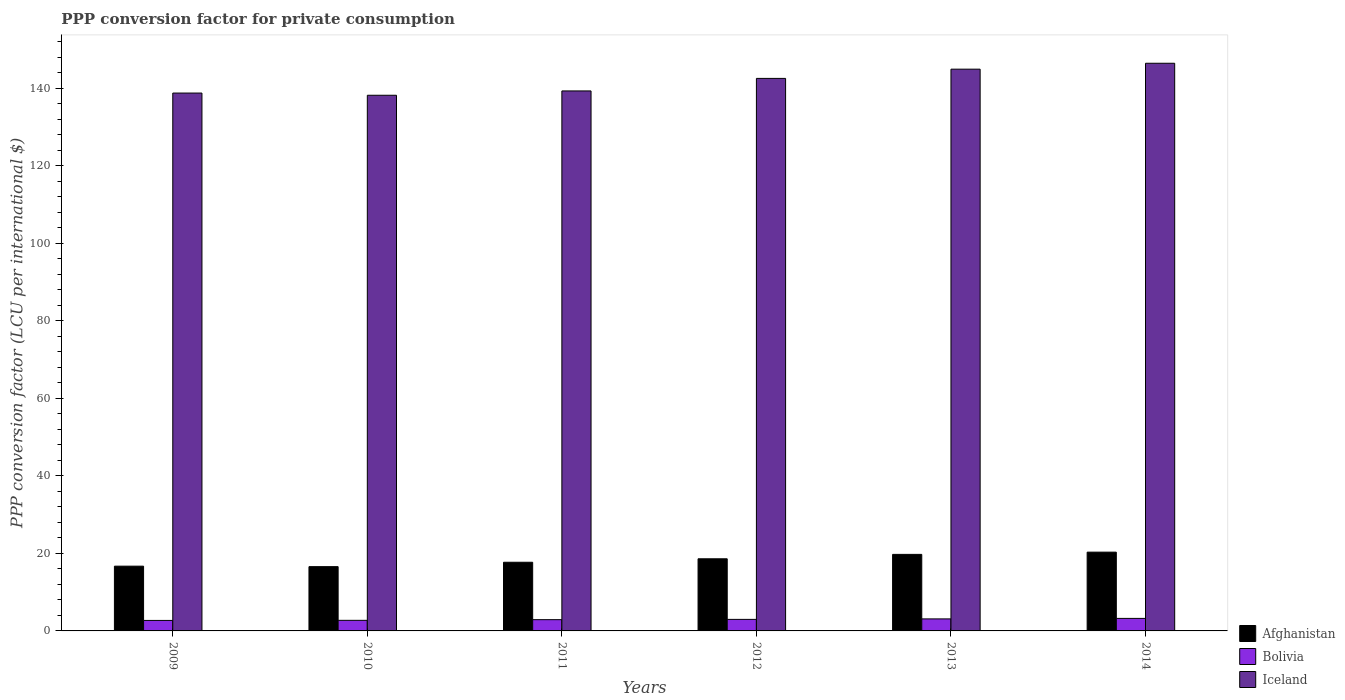
| Years | Afghanistan | Bolivia | Iceland |
 | --- | --- | --- | --- |
 | 2009 | 16.7 | 2.71 | 139 |
 | 2010 | 16.6 | 2.73 | 138 |
 | 2011 | 17.7 | 2.91 | 139 |
 | 2012 | 18.6 | 2.98 | 143 |
 | 2013 | 19.7 | 3.1 | 145 |
 | 2014 | 20.3 | 3.23 | 146 |